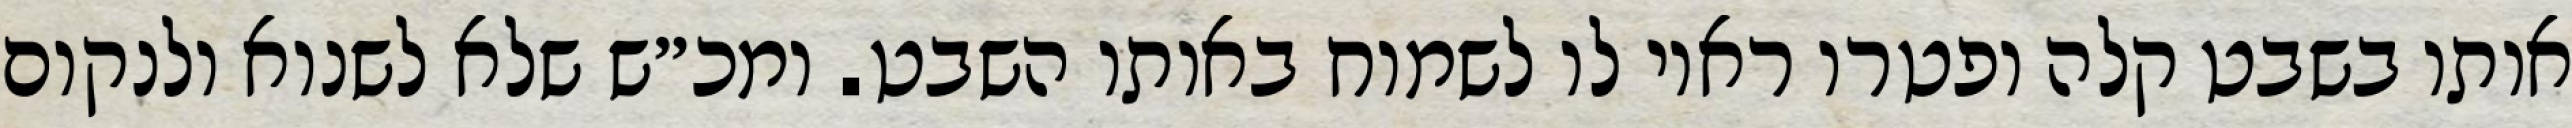
אותו בשבט קלה ופטרו ראוי לו לשמוח באותו השבט. ומכ״ש שלא לשנוא ולנקום